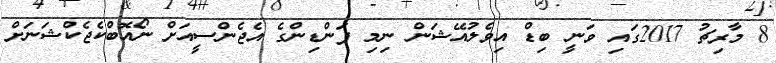
8 މާރިޗު 2017ގައި ވަނީ ބިޑް އިވެލުއޭޝަން ނިމި ފަންޑިންގެ އެޖެންސީއަށް ނޯއޮބްކެޖެކްޝަނަށް